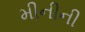
મીનીની